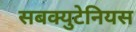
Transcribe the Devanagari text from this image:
सबक्युटेनियस